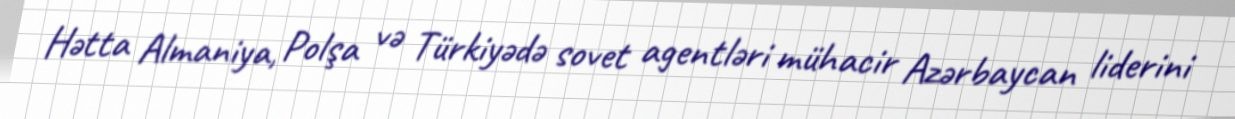
Hətta Almaniya, Polşa və Türkiyədə sovet agentləri mühacir Azərbaycan liderini